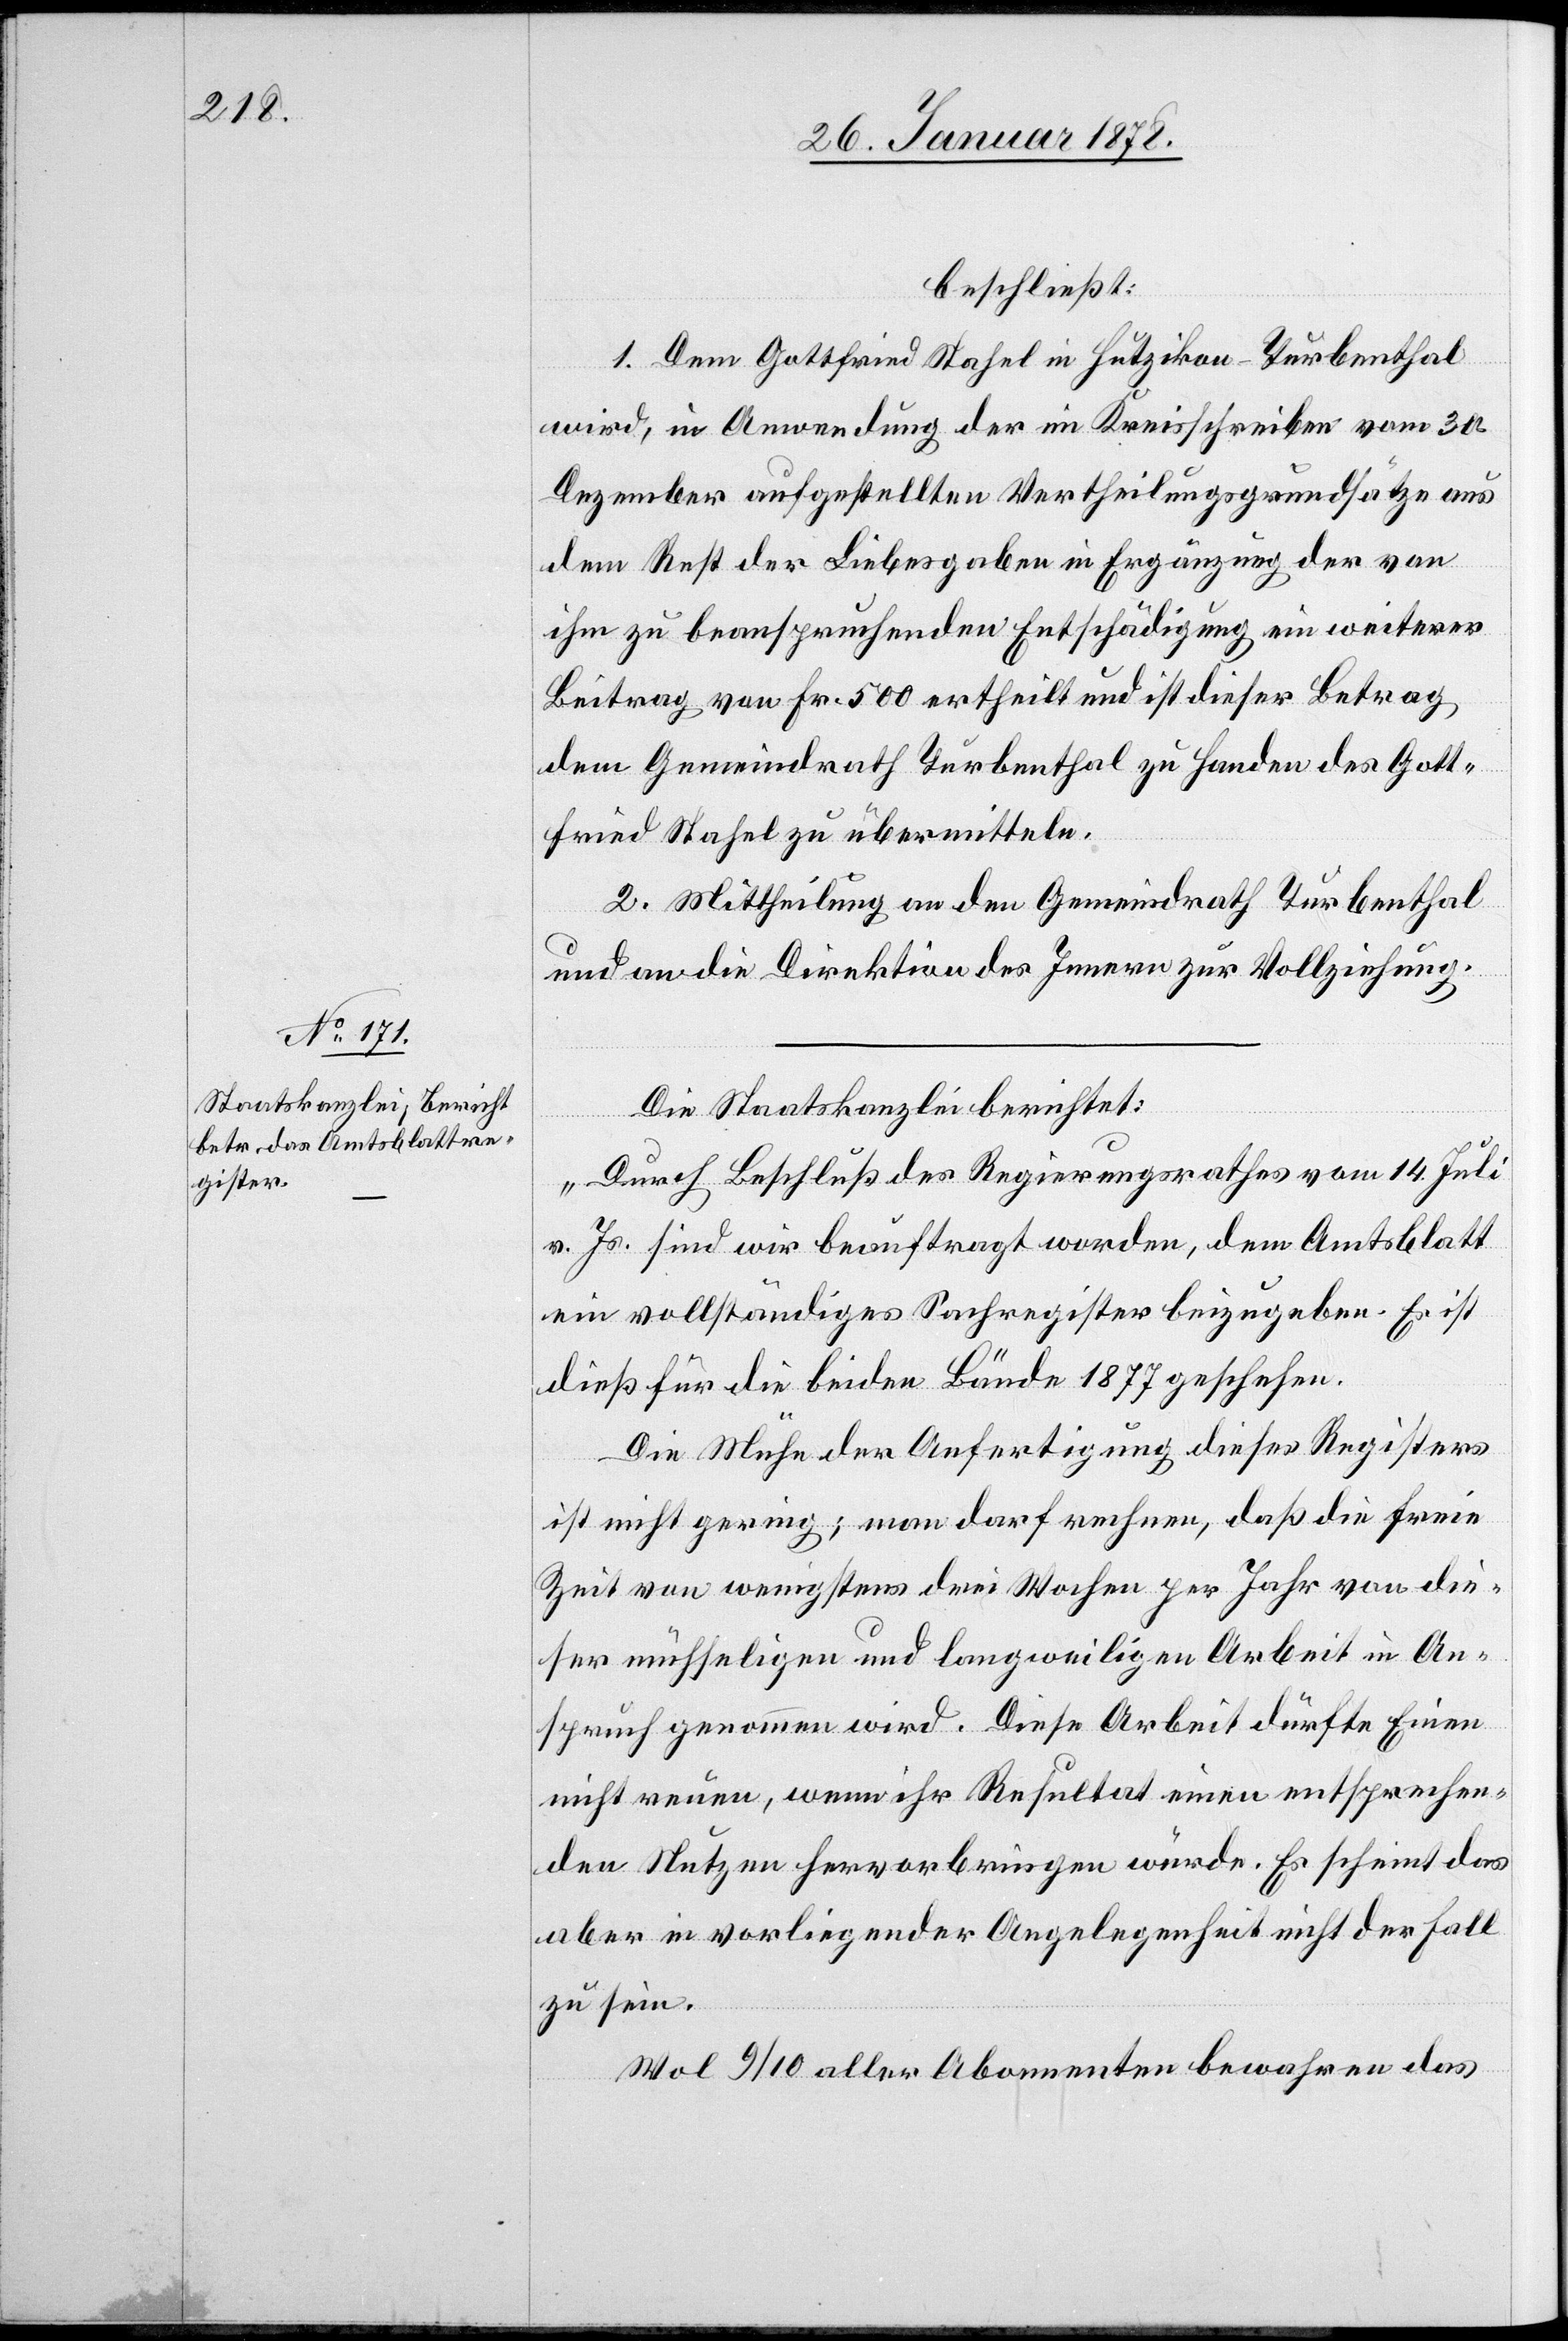
beschließt:
1. Dem Gottfried Stahel in Hutzikon - Turbenthal
wird, in Anwendung der im Kreisschreiben vom 30.
Dezember aufgestellten Vertheilungsgrundsätze aus
dem Rest der Liebesgaben in Ergänzung der von
ihm zu beanspruchenden Entschädigung ein weiterer
Beitrag von Fr. 500 ertheilt und ist dieser Betrag
dem Gemeindrath Turbenthal zu Handen des Gott¬
fried Stahel zu übermitteln.
2. Mittheilung an den Gemeindrath Turbenthal
und an die Direktion des Innern zur Vollziehung.
Die Staatslanzlei berichtet:
„Durch Beschluß des Regierungsrathes vom 14. Juli
v. Js. sind wir beauftragt worden, dem Amtsblatt
ein vollständiges Sachregister beizugeben. Es ist
dieß für die beiden Bände 1877 geschehen.
Die Mühe der Anfertigung dieses Registers
ist nicht gering; man darf rechnen, daß die freie
Zeit von wenigstens drei Wochen per Jahr von die¬
ser mühseligen und langweiligen Arbeit in An¬
spruch genommen wird. Diese Arbeit dürfte Einen
nicht reuen, wenn ihr Resultat einen entsprechen¬
den Nutzen hervorbringen würde. Es scheint das
aber in vorliegender Angelegenheit nicht der Fall
zu sein.
Wol 9/10 aller Abonnenten bewahren das